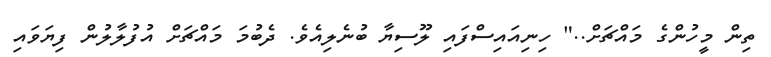
ތިން މީހުންގެ މައްޗަށް.." ހިނިއައިސްފައި ލޫސިޔާ ބުނެލިއެވެ. ދެބުމަ މައްޗަށް އުފުލާލުން ފިޔަވައި